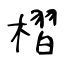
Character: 槢